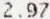
2.97